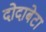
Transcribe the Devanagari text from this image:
दोदाबेटा